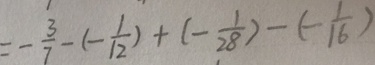
= - \frac { 3 } { 7 } - ( - \frac { 1 } { 1 2 } ) + ( - \frac { 1 } { 2 8 } ) - ( - 1 6 )